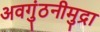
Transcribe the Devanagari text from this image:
अवगुंठनीमुद्रा